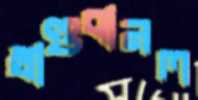
খাণ্ডবানল